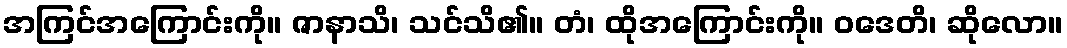
အကြင်အကြောင်းကို။ ဇာနာသိ၊ သင်သိ၏။ တံ၊ ထိုအကြောင်းကို။ ဝဒေတိ၊ ဆိုလော။